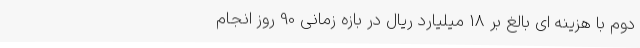
دوم با هزینه ای بالغ بر 18 میلیارد ریال در بازه زمانی 90 روز انجام